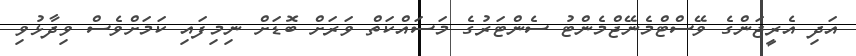
އަދި އެރީޖަންގެ ވޭސްޓްމެނޭޖްމެންޓު ސެންޓަރުގެ މަސައްކަތް ވަރަށް ބޮޑަށް ނިމިފައި ކަމަށްވެސް ވިދާޅުވި